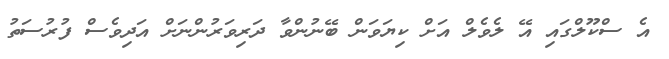
އެ ސްކޫލްގައި އޭ ލެވެލް އަށް ކިޔަވަން ބޭނުންވާ ދަރިވަރުންނަށް އަދިވެސް ފުރުސަތު